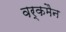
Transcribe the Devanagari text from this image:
वर्कमैन